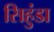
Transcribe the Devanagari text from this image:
सिहुंडा